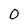
Character: 0